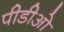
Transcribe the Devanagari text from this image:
पीडीओ